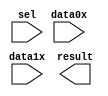
module lpm_mux_15bit (
	data0x,
	data1x,
	sel,
	result);

	input	[14:0]  data0x;
	input	[14:0]  data1x;
	input	  sel;
	output	[14:0]  result;

endmodule